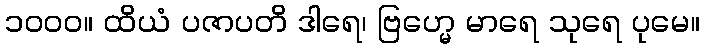
၁၀၀၀။ ထိယံ ပဇာပတိ ဒါရေ၊ ဗြဟ္မေ မာရေ သုရေ ပုမေ။